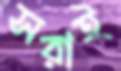
সরাই